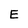
Character: E